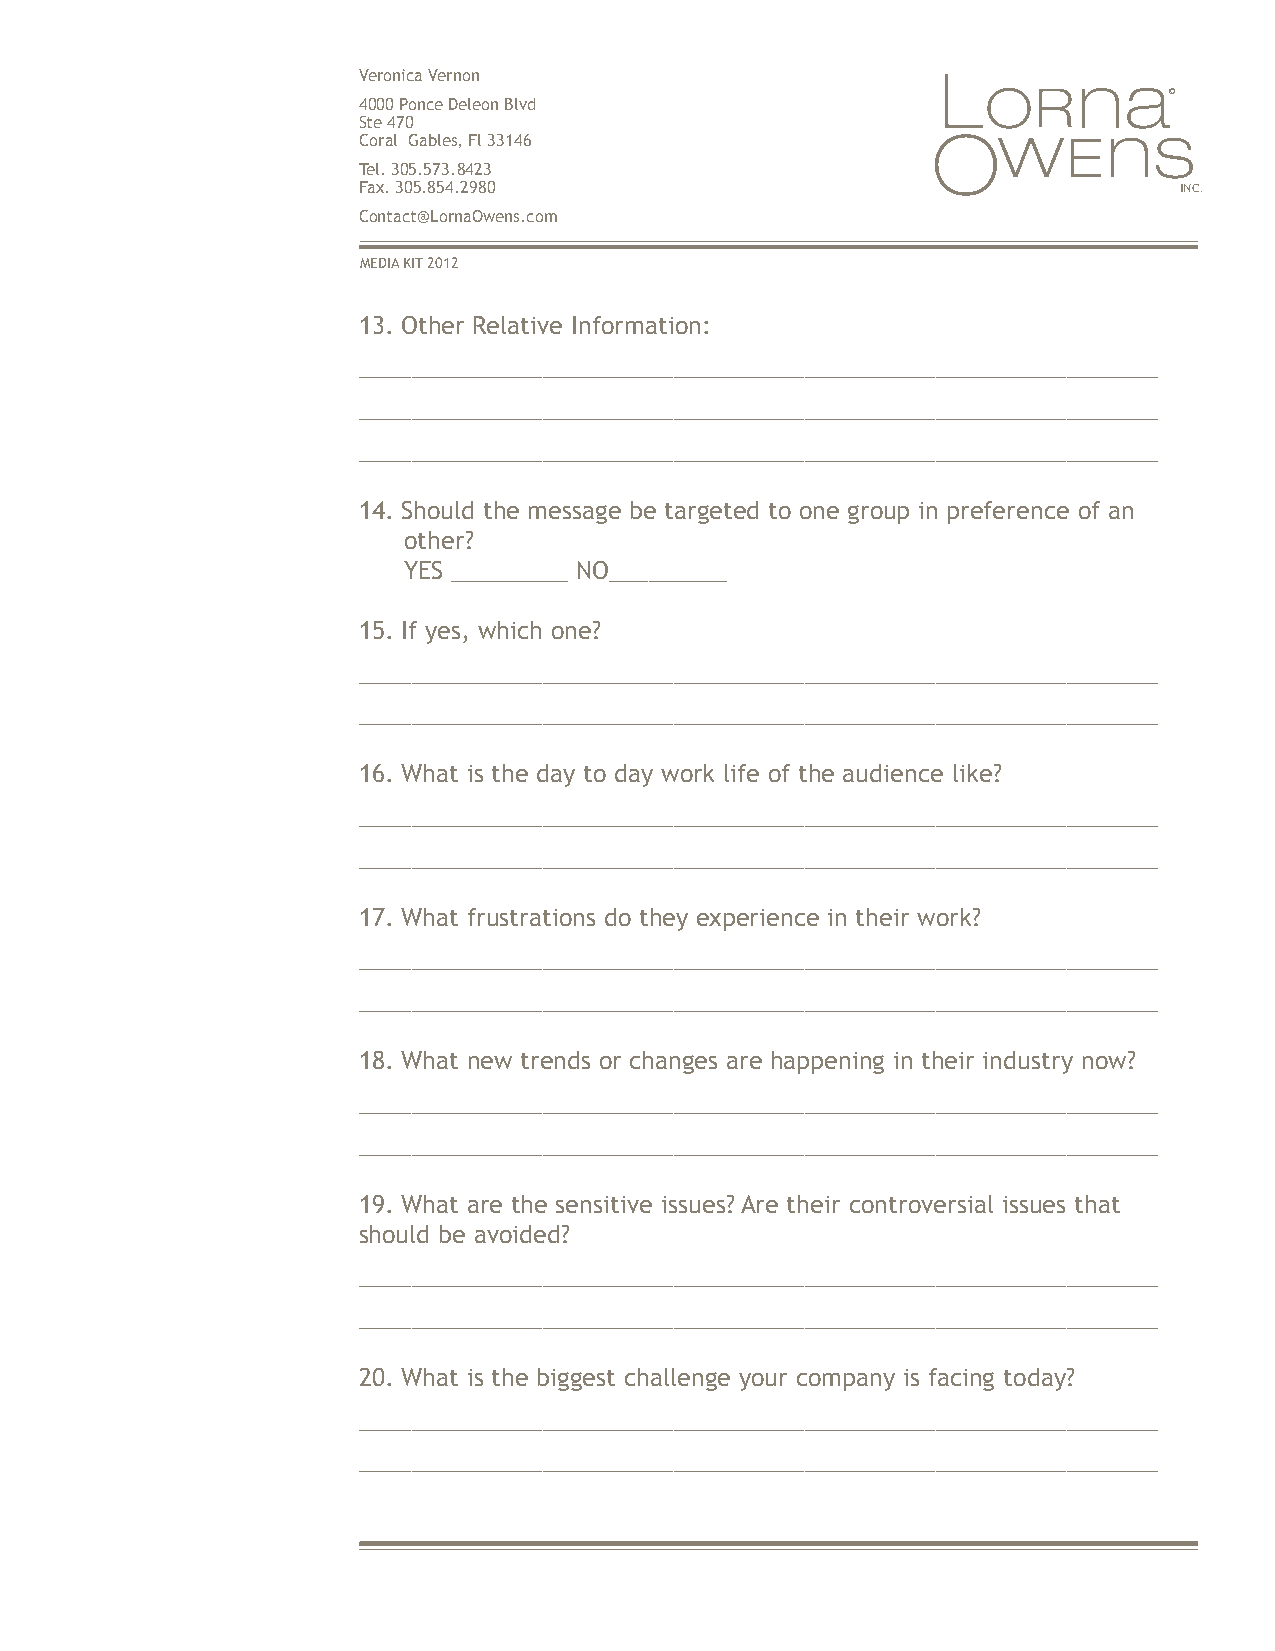
Veronica Vernon
 ©
 4000 Ponce Deleon Blvd
 Ste 470
 Coral Gables, Fl 33146
 Tel. 305.573.8423
 Fax. 305.854.2980                                     INC.
 Contact@LornaOwens.com
 MEDIA KIT 2012
 13. Other Relative Information:
 _____________________________________________________________
 _____________________________________________________________
 _____________________________________________________________
 14. Should the message be targeted to one group in preference of an
 other?
 YES _________ NO_________
 15. If yes, which one?
 _____________________________________________________________
 _____________________________________________________________
 16. What is the day to day work life of the audience like?
 _____________________________________________________________
 _____________________________________________________________
 17. What frustrations do they experience in their work?
 _____________________________________________________________
 _____________________________________________________________
 18. What new trends or changes are happening in their industry now?
 _____________________________________________________________
 _____________________________________________________________
 19. What are the sensitive issues? Are their controversial issues that
 should be avoided?
 _____________________________________________________________
 _____________________________________________________________
 20. What is the biggest challenge your company is facing today?
 _____________________________________________________________
 _____________________________________________________________